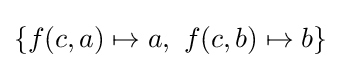
\{f(c,a)\mapsto a,\ f(c,b)\mapsto b\}